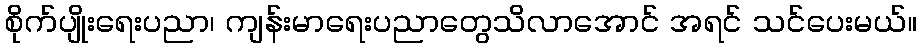
စိုက်ပျိုးရေးပညာ၊ ကျန်းမာရေးပညာတွေသိလာအောင် အရင် သင်ပေးမယ်။